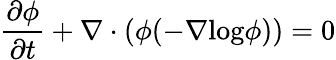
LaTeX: \frac{\partial\phi}{\partial t}+\nabla\cdot(\phi(-\nabla\mathrm{log}\phi))=0